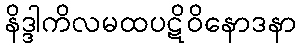
နိဒ္ဒါကိလမထပဋိဝိနောဒနာ